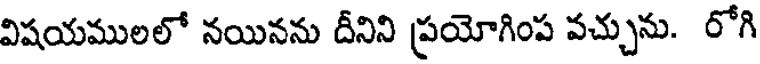
విషయములలో నయినను దీనిని ప్రయోగింప వచ్చును. రోగి